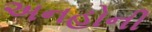
અનહોની